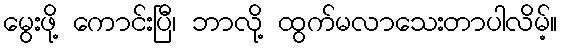
မွေးဖို့ ကောင်းပြီ၊ ဘာလို့ ထွက်မလာသေးတာပါလိမ့်။